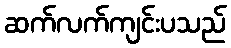
ဆက်လက်ကျင်းပသည်